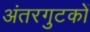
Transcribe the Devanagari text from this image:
अंतरगुटकों